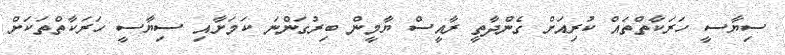
ސިޔާސީ ހަރަކާތްތައް ކުރިއަށް ގެންދާތީ ރާއީސް ޔާމީން ބިރުގަންނަ ކަމަށާއި ސިޔާސީ ހަރަކާތްތަކަށް